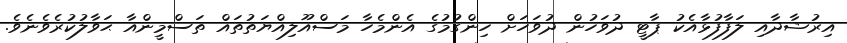
އިރުޝާދާއި ލަފާފުޅާއެކު ޕާޓީ ދުވަހުން ދުވަހަށް ހިންގުމުގެ އެންމެހާ މަސްއޫލިއްޔަތުތައް ތަސްމީންއާ ޙަވާލުކުރެވެނެވެ.